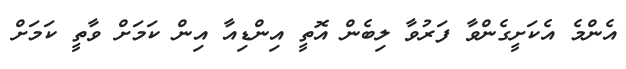
އެންމެ އެކަށީގެންވާ ފަރުވާ ލިބެން އޮތީ އިންޑިއާ އިން ކަމަށް ވާތީ ކަމަށް